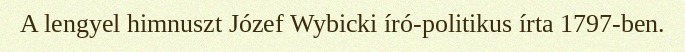
A lengyel himnuszt Józef Wybicki író-politikus írta 1797-ben.